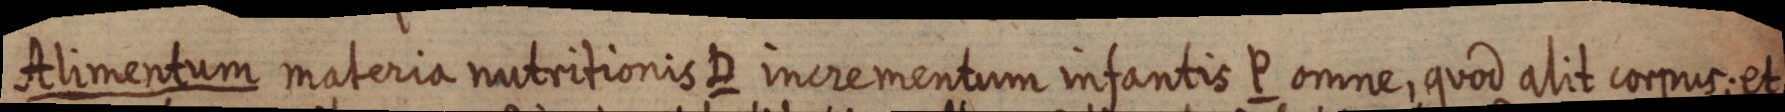
Alimentum materia nutritionis D incrementum infantis P omne, quod alit corpus; et